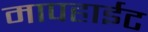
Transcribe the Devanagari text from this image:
मापहाईट